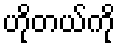
ဟိုတယ်ကို